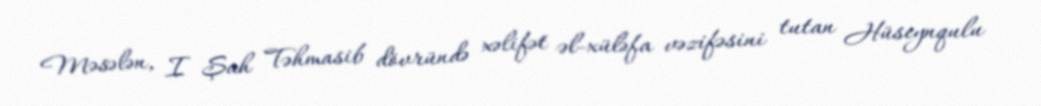
Məsələn, I Şah Təhmasib dövründə xəlifət əl-xüləfa vəzifəsini tutan Hüseynqulu